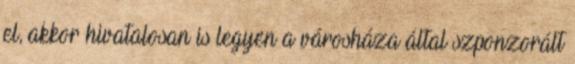
el, akkor hivatalosan is legyen a városháza által szponzorált